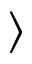
\rangle